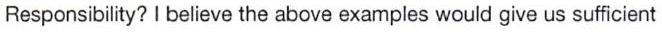
Responsibility? I believe the above examples would give us sufficient